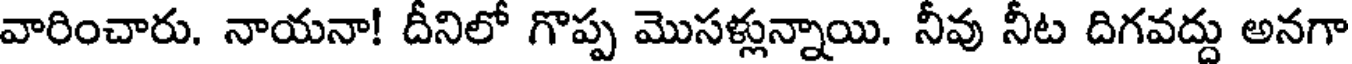
వారించారు. నాయనా! దీనిలో గొప్ప మొసళ్లున్నాయి. నీవు నీట దిగవద్దు అనగా